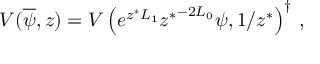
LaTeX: V ( \overline { { \psi } } , z ) = V \left( e ^ { z ^ { \ast } L _ { 1 } } { z ^ { \ast } } ^ { - 2 L _ { 0 } } \psi , 1 / z ^ { \ast } \right) ^ { \dagger } \, ,